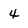
Character: 4